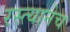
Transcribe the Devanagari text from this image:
रस्त्यानेच